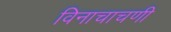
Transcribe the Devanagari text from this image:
विनाचाचणी